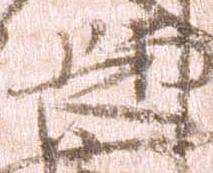
長